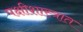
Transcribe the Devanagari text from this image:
पक्षीशास्त्रात